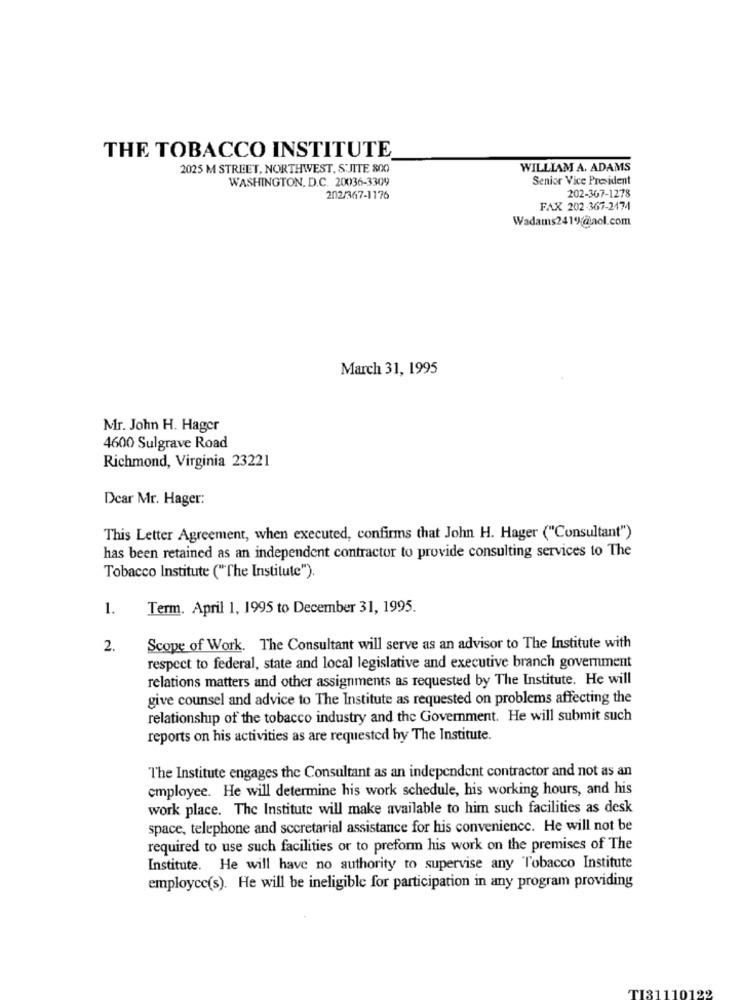
THE TOBACCO INSTITUTE
2025 M STREET, NORTHWEST, S'JITE 800
WILLIAM A. ADAMS
WASHINGTON, D.C. 20036-3309
Senior Vice President
202-367-1278
202/367-1176
FAX 202-367-2474
Wadams2419/@aol.com
March 31, 1995
Mr. John H. Hager
4600 Sulgrave Road
Richmond, Virginia 23221
Dear Mr. Hager:
This Letter Agreement, when executed, confirms that John H. Hager ("Consultant")
has been retained as an independent contractor to provide consulting services to The
Tobacco Institute ("The Institute").
1.
Term. April 1, 1995 to December 31, 1995.
2.
Scope of Work. The Consultant will serve as an advisor to The Institute with
respect to federal, state and local legislative and executive branch government
relations matters and other assignments as requested by The Institute. He will
give counsel and advice to The Institute as requested on problems affecting the
relationship of the tobacco industry and the Government. He will submit such
reports on his activities as are requested by The Institute.
The Institute engages the Consultant as an independent contractor and not as an
employee. He will determine his work schedule, his working hours, and his
work place. The Institute will make available to him such facilities as desk
space, telephone and secretarial assistance for his convenience. He will not be
required to use such facilities or to preform his work on the premises of The
Institute. He will have no authority to supervise any Tobacco Institute
employce(s). He will be ineligible for participation in any program providing
199